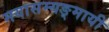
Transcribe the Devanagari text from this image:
मयासम्यङ्मायी